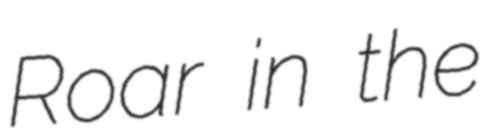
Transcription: Roar in the